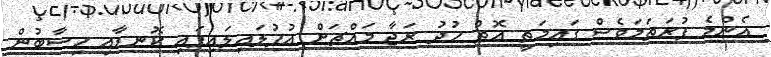
އެންމެ ފުރަތަމަވެސް ގައިމަތީ އޮތް ހުދު ރަޖާ މައްޗަށް އުފުލައިލައިފައި ކޮނޑާއި ހިސާބުން